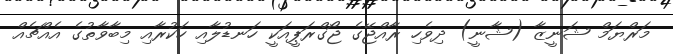
މަރްޔަމް ޝަނީޒާ (ޝާނީ) ދިވެހި ރާއްޖޭގެ ޖޯގްރަޕީއަކީ ހަނޑުލާއި ހަކުރާއި މިބާވާތުގެ އެއްޗެއް